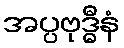
အပ္ပဗုဒ္ဓီနံ